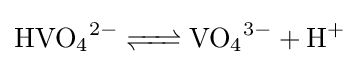
{\ce {HVO4^2- <=> VO4^3- + H+}}